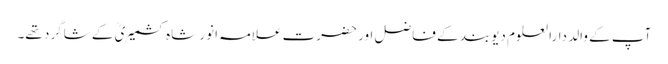
آپ کے والد دارالعلوم دیوبند کے فاضل اور حضرت علامہ انور شاہ کشمیریؒ کے شاگرد تھے۔